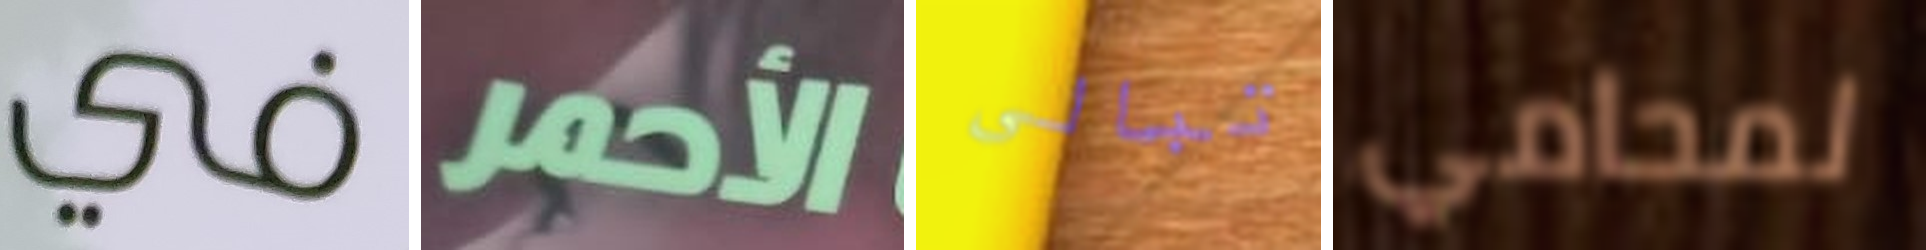
في الأحمر تبالى لمحامي